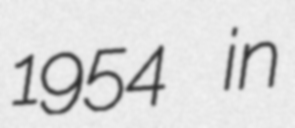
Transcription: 1954 in